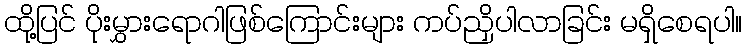
ထို့ပြင် ပိုးမွှားရောဂါဖြစ်ကြောင်းများ ကပ်ညှိပါလာခြင်း မရှိစေရပါ။